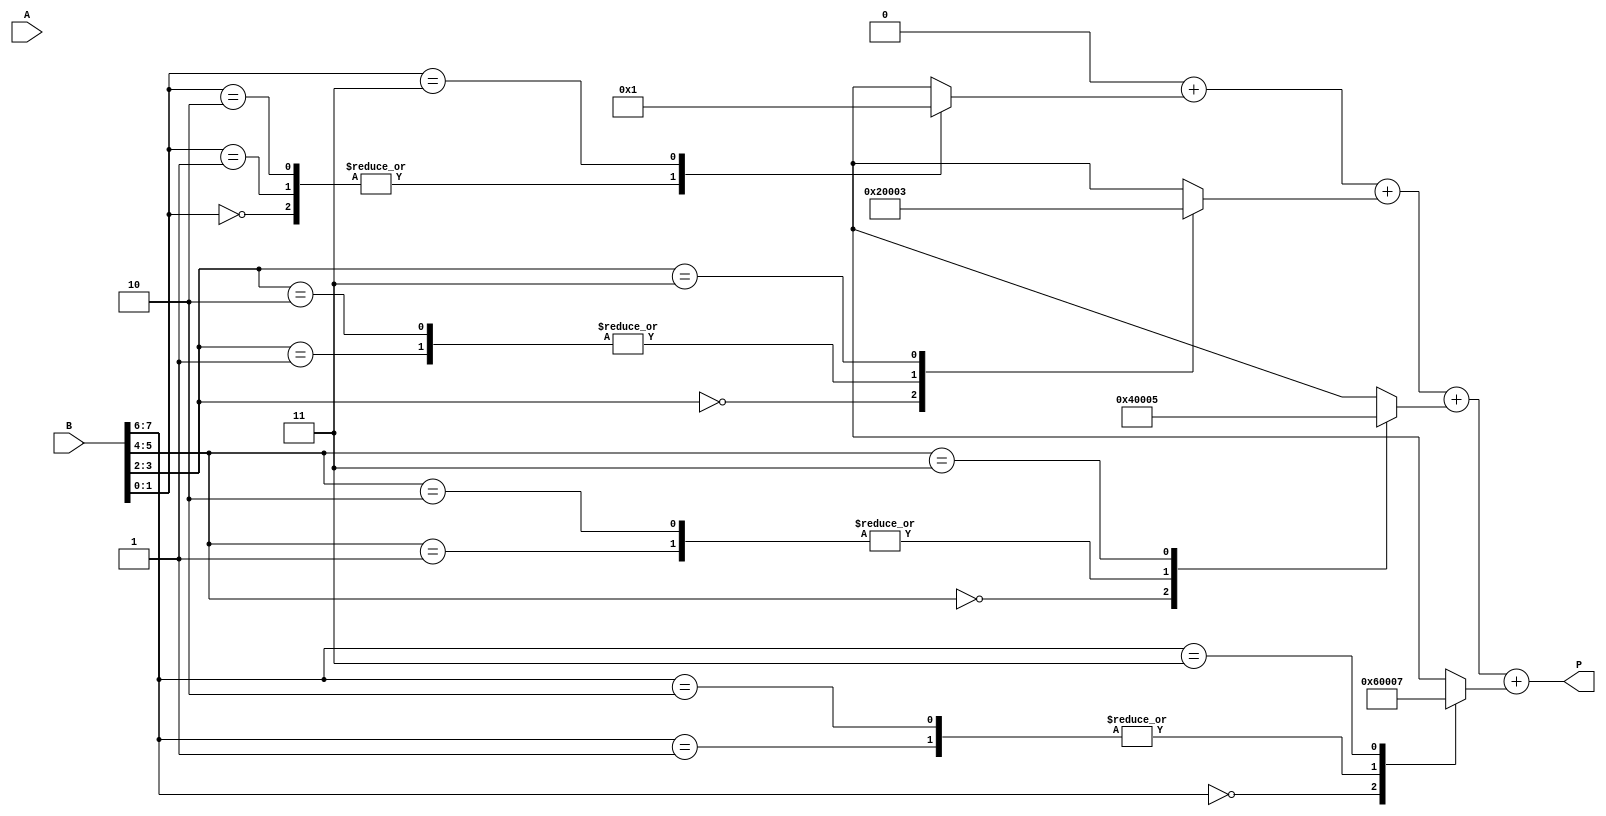
module radix4_multiplier #(parameter N = 8) (
    input signed [N-1:0] A,
    input signed [N-1:0] B,
    output reg signed [2*N-1:0] P
);

    // Internal signals
    reg [N-1:0] A_neg;
    reg [N:0] B_ext; // Extended B for sign handling
    reg [2*N-1:0] partial_products [0:N/2-1]; // Array of partial products
    integer i;

    // Generate negative A
    always @(*) begin
        A_neg = ~A + 1; // Two's complement for -A
    end

    // Extend B for better handling of sign (N+1 bits)
    always @(*) begin
        B_ext = {B[N-1], B}; // Sign extension
    end

    // Booth encoding and partial product generation
    always @(*) begin
        // Initialize partial products
        for (i = 0; i < N/2; i = i + 1) begin
            partial_products[i] = 0;
        end

        for (i = 0; i < N/2; i = i + 1) begin
            case ({B_ext[2*i+1], B_ext[2*i]})
                2'b00: partial_products[i] = 0;           // 00 => 0
                2'b01: partial_products[i] = {A, 2*i};    // 01 => A shifted by 2*i
                2'b10: partial_products[i] = {A_neg, 2*i}; // 10 => -A shifted by 2*i
                2'b11: partial_products[i] = {A, 2*i+1};   // 11 => 2A shifted by 2*i+1
                default: partial_products[i] = 0;          // Default case (should not happen)
            endcase
        end
    end

    // Final product calculation (summing partial products)
    always @(*) begin
        P = 0; // Initialize product to zero
        for (i = 0; i < N/2; i = i + 1) begin
            P = P + partial_products[i]; // Sum all partial products
        end
    end

endmodule